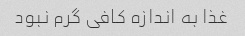
غذا به اندازه کافی گرم نبود